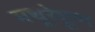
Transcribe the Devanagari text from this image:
मथूरेहूण